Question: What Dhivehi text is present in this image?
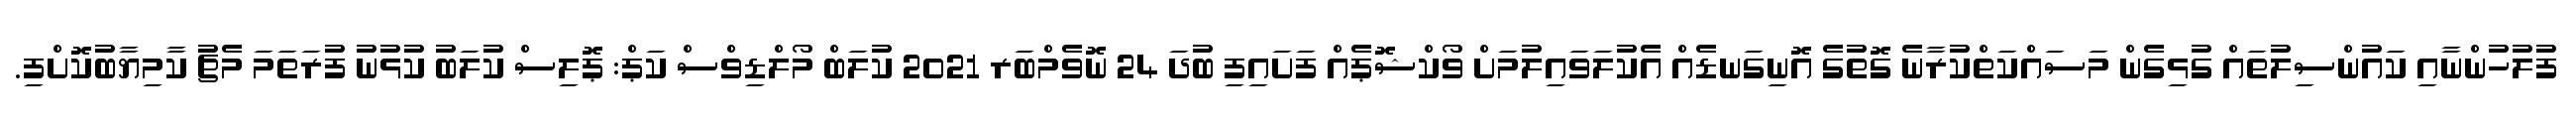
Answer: ފުލުހުންނާއި ކައުންސިލުތައް ގުޅިގެން މަސައްކަތްކުރާނެ ގޮތުގެ އޮނިގަނޑެއް އެކުލަވައިލުމަށް ވޯކްޝޮޕެއް ފަށައިފި ބުދަ 24 ނޮވެމްބަރ 2021 ކުލަބް މޯލްޑިވްސް ކަޕް: ޕޮލިސް ކުލަބު ކުޅުނު ފުރަތަމަ މެޗު ކާމިޔާބުކޮށްފި.